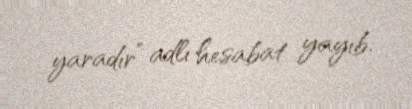
yaradır” adlı hesabat yayıb.